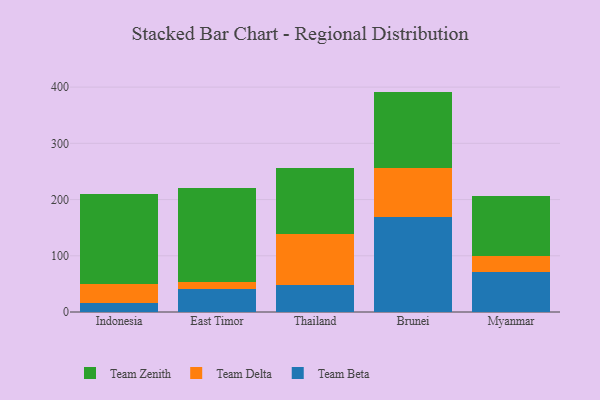
{"axis": {"x": "Country", "y": "Production Output"}, "legend": ["Team Beta", "Team Delta", "Team Zenith"], "data": [{"x": "Indonesia", "y": 16.3, "type": "Team Beta"}, {"x": "Indonesia", "y": 33.8, "type": "Team Delta"}, {"x": "Indonesia", "y": 159.2, "type": "Team Zenith"}, {"x": "East Timor", "y": 41.0, "type": "Team Beta"}, {"x": "East Timor", "y": 12.3, "type": "Team Delta"}, {"x": "East Timor", "y": 166.5, "type": "Team Zenith"}, {"x": "Thailand", "y": 47.4, "type": "Team Beta"}, {"x": "Thailand", "y": 91.6, "type": "Team Delta"}, {"x": "Thailand", "y": 116.9, "type": "Team Zenith"}, {"x": "Brunei", "y": 169.5, "type": "Team Beta"}, {"x": "Brunei", "y": 86.5, "type": "Team Delta"}, {"x": "Brunei", "y": 136.0, "type": "Team Zenith"}, {"x": "Myanmar", "y": 71.8, "type": "Team Beta"}, {"x": "Myanmar", "y": 28.5, "type": "Team Delta"}, {"x": "Myanmar", "y": 105.9, "type": "Team Zenith"}]}